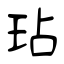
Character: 玷